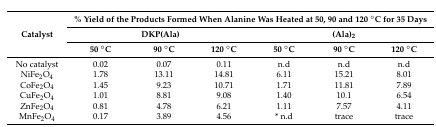
<table><thead><tr><td rowspan="3"><b>Catalyst</b></td><td colspan="6"><b>% Yield of the Products Formed When Alanine Was Heated at 50, 90 and 120 °C for 35 Days</b></td></tr><tr><td colspan="3"><b>DKP(Ala)</b></td><td colspan="3"><b>(Ala)<sub>2</sub></b></td></tr><tr><td><b>50 °C</b></td><td><b>90 °C</b></td><td><b>120 °C</b></td><td><b>50 °C</b></td><td><b>90 °C</b></td><td><b>120 °C</b></td></tr></thead><tbody><tr><td>No catalyst</td><td>0.02</td><td>0.07</td><td>0.11</td><td>n.d</td><td>n.d</td><td>n.d</td></tr><tr><td>NiFe<sub>2</sub>O<sub>4</sub></td><td>1.78</td><td>13.11</td><td>14.81</td><td>6.11</td><td>15.21</td><td>8.01</td></tr><tr><td>CoFe<sub>2</sub>O<sub>4</sub></td><td>1.45</td><td>9.23</td><td>10.71</td><td>1.71</td><td>11.81</td><td>7.89</td></tr><tr><td>CuFe<sub>2</sub>O<sub>4</sub></td><td>1.01</td><td>8.81</td><td>9.08</td><td>1.40</td><td>10.1</td><td>6.54</td></tr><tr><td>ZnFe<sub>2</sub>O<sub>4</sub></td><td>0.81</td><td>4.78</td><td>6.21</td><td>1.11</td><td>7.57</td><td>4.11</td></tr><tr><td>MnFe<sub>2</sub>O<sub>4</sub></td><td>0.17</td><td>3.89</td><td>4.56</td><td>* n.d</td><td>trace</td><td>trace</td></tr></tbody></table>